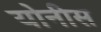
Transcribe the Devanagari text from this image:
योनीस